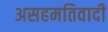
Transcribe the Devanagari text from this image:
असहमतिवादी